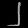
Digit: ၂